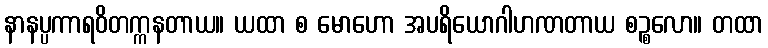
နာနပ္ပကာရဝိတက္ကနတာယ။ ယထာ စ မောဟော အပရိယောဂါဟဏတာယ စဉ္စလော။ တထာ